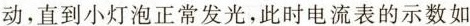
动，直到小灯泡正常发光，此时电流表的示数